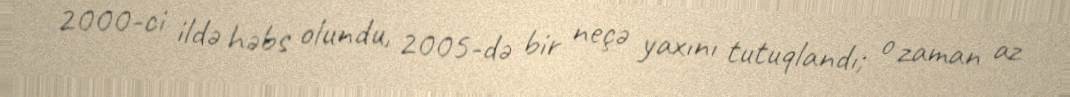
2000-ci ildə həbs olundu, 2005-də bir neçə yaxını tutuqlandı; o zaman az